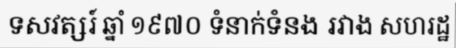
ទសវត្សរ៍ ឆ្នាំ ១៩៧០ ទំនាក់ទំនង រវាង សហរដ្ឋ